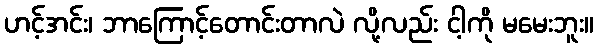
ဟင့်အင်း၊ ဘာကြောင့်တောင်းတာလဲ လို့လည်း ငါ့ကို မမေးဘူး။